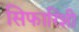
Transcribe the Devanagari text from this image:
सिफारिशी